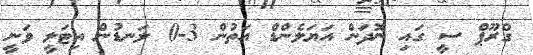
ގްރޫޕް ސީ ގައި ނޮދަން އަޔަލެންޑް އަތުން 3-0 ލަނޑުން އިޓަލީ ވަނީ